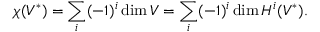
\chi ( V ^ { * } ) = \sum _ { i } ( - 1 ) ^ { i } \dim V = \sum _ { i } ( - 1 ) ^ { i } \dim H ^ { i } ( V ^ { * } ) .